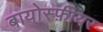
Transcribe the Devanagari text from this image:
बायोस्फ़ीयर